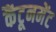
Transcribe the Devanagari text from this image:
कैंटूनमेंट